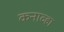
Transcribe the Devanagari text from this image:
कनाव्हा